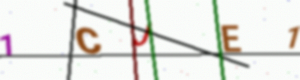
Text: 1CJE1